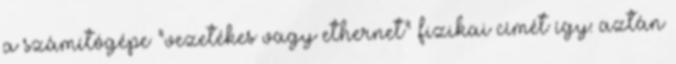
a számítógépe "vezetékes vagy ethernet" fizikai címét így: aztán